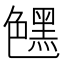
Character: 𰰛